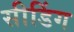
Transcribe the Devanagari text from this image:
सीडिंग